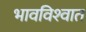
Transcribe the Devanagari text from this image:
भावविश्‍वात